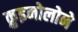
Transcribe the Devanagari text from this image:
क़ुइनोलोने